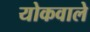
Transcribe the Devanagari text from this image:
योकवाले